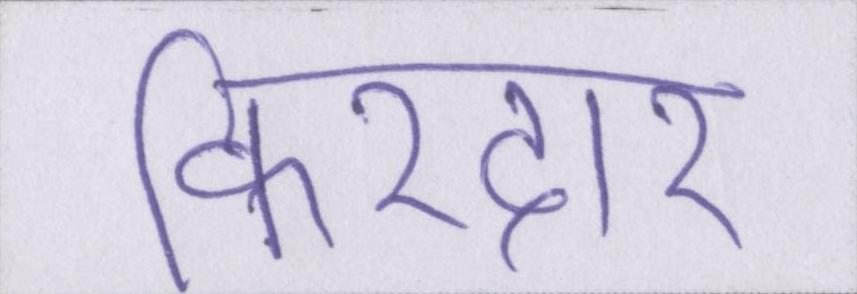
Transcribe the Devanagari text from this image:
किरदार